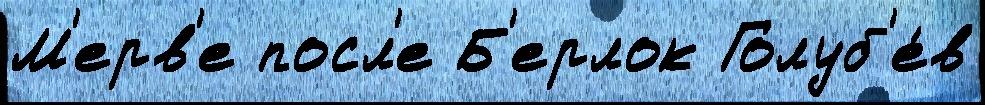
М'ерв'е посл'е Б'ерлок Голуб'е́в